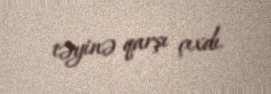
təyinə qarşı çıxdı.